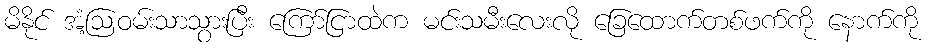
မိနိုင် အံ့ဩဝမ်းသာသွားပြီး ကြော်ငြာထဲက မင်းသမီးလေးလို ခြေထောက်တစ်ဖက်ကို နောက်ကို